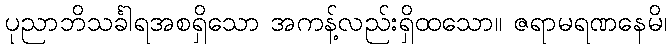
ပုညာဘိသင်္ခါရအစရှိသော အကန့်လည်းရှိထသော။ ဇရာမရဏနေမိ၊